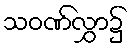
သဝဏ်လွှာ၌